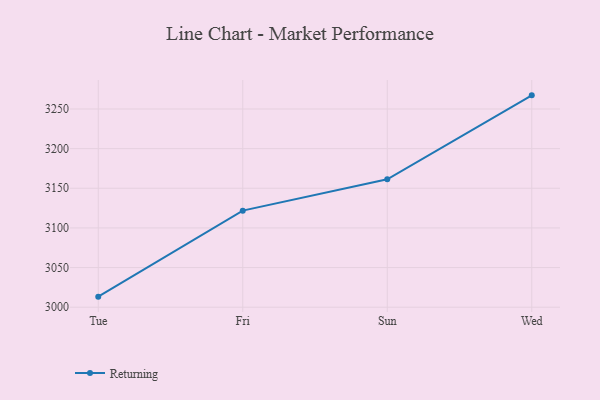
{"axis": {"x": "Day", "y": "Latency (ms)"}, "legend": ["Returning"], "data": [{"x": "Tue", "y": 3013.3, "type": "Returning"}, {"x": "Fri", "y": 3121.8, "type": "Returning"}, {"x": "Sun", "y": 3161.3, "type": "Returning"}, {"x": "Wed", "y": 3267.2, "type": "Returning"}]}